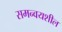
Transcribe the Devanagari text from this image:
समन्वयशील